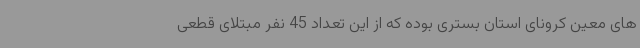
های معین کرونای استان بستری بوده که از این تعداد 45 نفر مبتلای قطعی